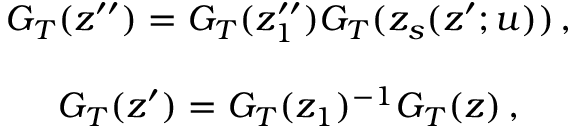
\begin{array} { c } { { G _ { T } ( z ^ { \prime \prime } ) = G _ { T } ( z _ { 1 } ^ { \prime \prime } ) G _ { T } ( z _ { s } ( z ^ { \prime } ; u ) ) \, , } } \\ { { { } } } \\ { { G _ { T } ( z ^ { \prime } ) = G _ { T } ( z _ { 1 } ) ^ { - 1 } G _ { T } ( z ) \, , } } \end{array}